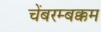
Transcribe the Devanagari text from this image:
चेंबरम्बक्कम